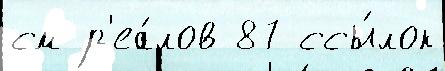
см р'еа́лов 87 ссы́лок